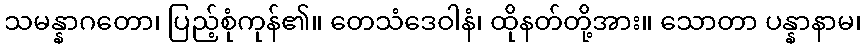
သမန္နာဂတော၊ ပြည့်စုံကုန်၏။ တေသံဒေဝါနံ၊ ထိုနတ်တို့အား။ သောတာ ပန္နာနာမ၊